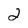
Character: 2